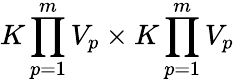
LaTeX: K\prod_{p=1}^{m}V_{p}\times K\prod_{p=1}^{m}V_{p}